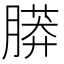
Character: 𦟮